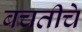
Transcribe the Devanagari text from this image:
बचतीचे